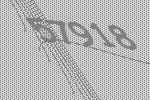
57918